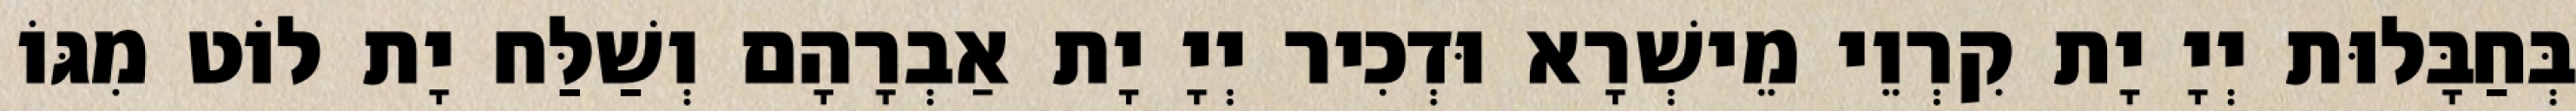
בְּחַבָּלוּת יְיָ יָת קִרְוֵי מֵישְׁרָא וּדְכִיר יְיָ יָת אַבְרָהָם וְשַׁלַּח יָת לוֹט מִגּוֹ